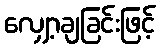
လျှော့ချခြင်းဖြင့်